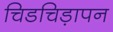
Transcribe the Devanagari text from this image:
चिडचिड़ापन